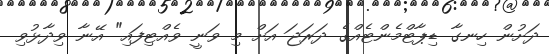
ދަށުން ހިނގާ ޑިޕާޓްމެންޓެއްގެ ދަރަޖަ އަށް މި ވަނީ ވެއްޓިފައި" އޭނާ ވިދާޅުވި